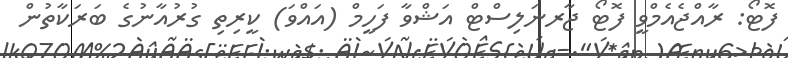
ފޮޓޯ: ރާއްޖެއެމްވީ ފޮޓޯ ޖާރނަލިސްޓް އަޝްވާ ފަހީމް (އައްވަ) ކީރިތި ގުރުއާނުގެ ބަރަކާތުން